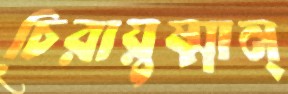
চিরায়ুষ্মান্‌